Reports on dispensaries and lunatic asylums in the Province of Oudh - 1869-1876
Year: 1869
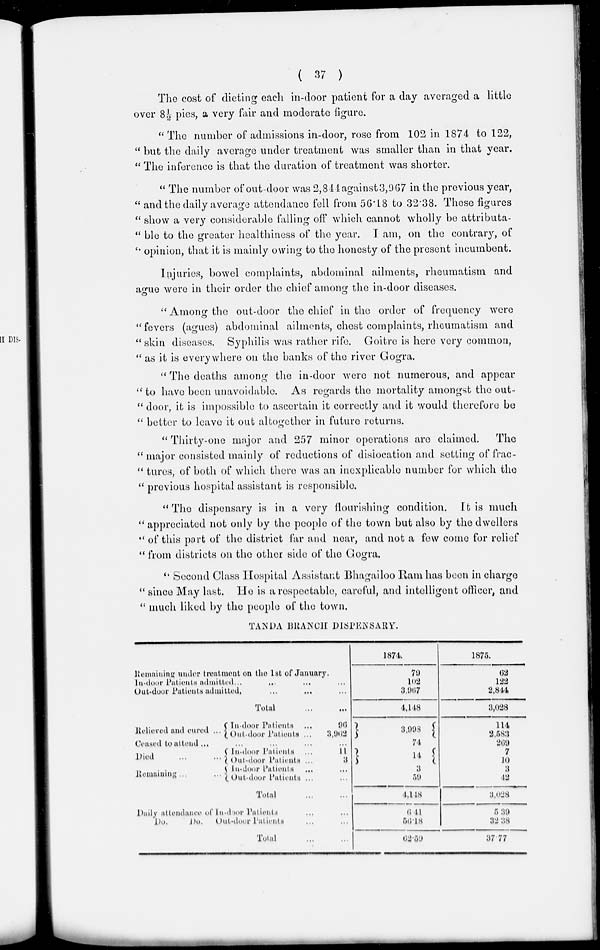
( 37 )
The cost of dieting each in-door patient for a day averaged a little
over 8½ pies, a very fair and moderate figure.
" The number of admissions in-door, rose from 102 in 1874 to 122,
" but the daily average under treatment was smaller than in that year.
" The inference is that the duration of treatment was shorter.
" The number of out-door was 2,844 against 3,967 in the previous year,
" and the daily average attendance fell from 56.18 to 32.38. These figures
" show a very considerable falling off which cannot wholly be attributa-
" ble to the greater healthiness of the year. I am, on the contrary, of
" opinion, that it is mainly owing to the honesty of the present incumbent.
Injuries, bowel complaints, abdominal ailments, rheumatism and
ague were in their order the chief among the in-door diseases.
"Among the out-door the chief in the order of frequency were
" fevers (agues) abdominal ailments, chest complaints, rheumatism and
"skin diseases. Syphilis was rather rife. Goitre is here very common,
" as it is everywhere on the banks of the river Gogra.
" The deaths among the in-door were not numerous, and appear
" to have been unavoidable. As regards the mortality amongst the out-
" door, it is impossible to ascertain it correctly and it would therefore be
" better to leave it out altogether in future returns.
" Thirty-one major and 257 minor operations are claimed.
The
" major consisted mainly of reductions of dislocation and setting of frac-
" tures, of both of which there was an inexplicable number for which the
" previous hospital assistant is responsible.
" The dispensary is in a very flourishing condition. It is much
" appreciated not only by the people of the town but also by the dwellers
" of this part of the district far and near, and not a few come for relief
u from districts on the other side of the Gogra.
" Second Class Hospital Assistant Bhagailoo Ram has been in charge
" since May last. He is a respectable, careful, and intelligent officer, and
" much liked by the people of the town.
TANDA BRANCH DISPENSARY.
Remaining under treatment on the 1st of
January.
In-door Patients admitted ... ... ... ...
Out-dour Patients
admitted.
...
...
...
Total ... ...
Relieved and cured ...
In-door
Patients ...
Out-door Patients ...
Ceased to attend ...
...
...
... ...
Died ... ...
Remaining ... ...
In-door Patients ...
Out-door Patients ...
In-door Patients
...
Out-door Patients ...
Total ... ...
96
3,962
...
11
3
...
...
Daily attendance of In-door Patients ... ...
Do.
Do.
Out-door Patients ... ...
Total ... ...
1874.
79
102
3,957
4,148
3,998
74
14
3
59
4,148
6.41
56.18
62.59
1875.
62
122
2,844
3,028
114
2,583
269
7 10
3
42
3,028
5.39
32.38
37.77